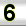
Digit: 3